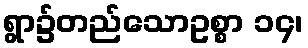
ရွာ၌တည်သောဥစ္စာ ၁၄၊